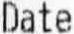
DATE